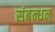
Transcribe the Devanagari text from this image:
संबन्धन